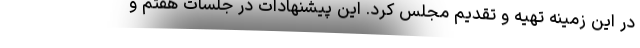
در این زمینه تهیه و تقدیم مجلس کرد. این پیشنهادات در جلسات هفتم و